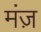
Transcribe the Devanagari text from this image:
मंज़